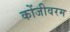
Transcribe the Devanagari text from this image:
कोंजीवरम